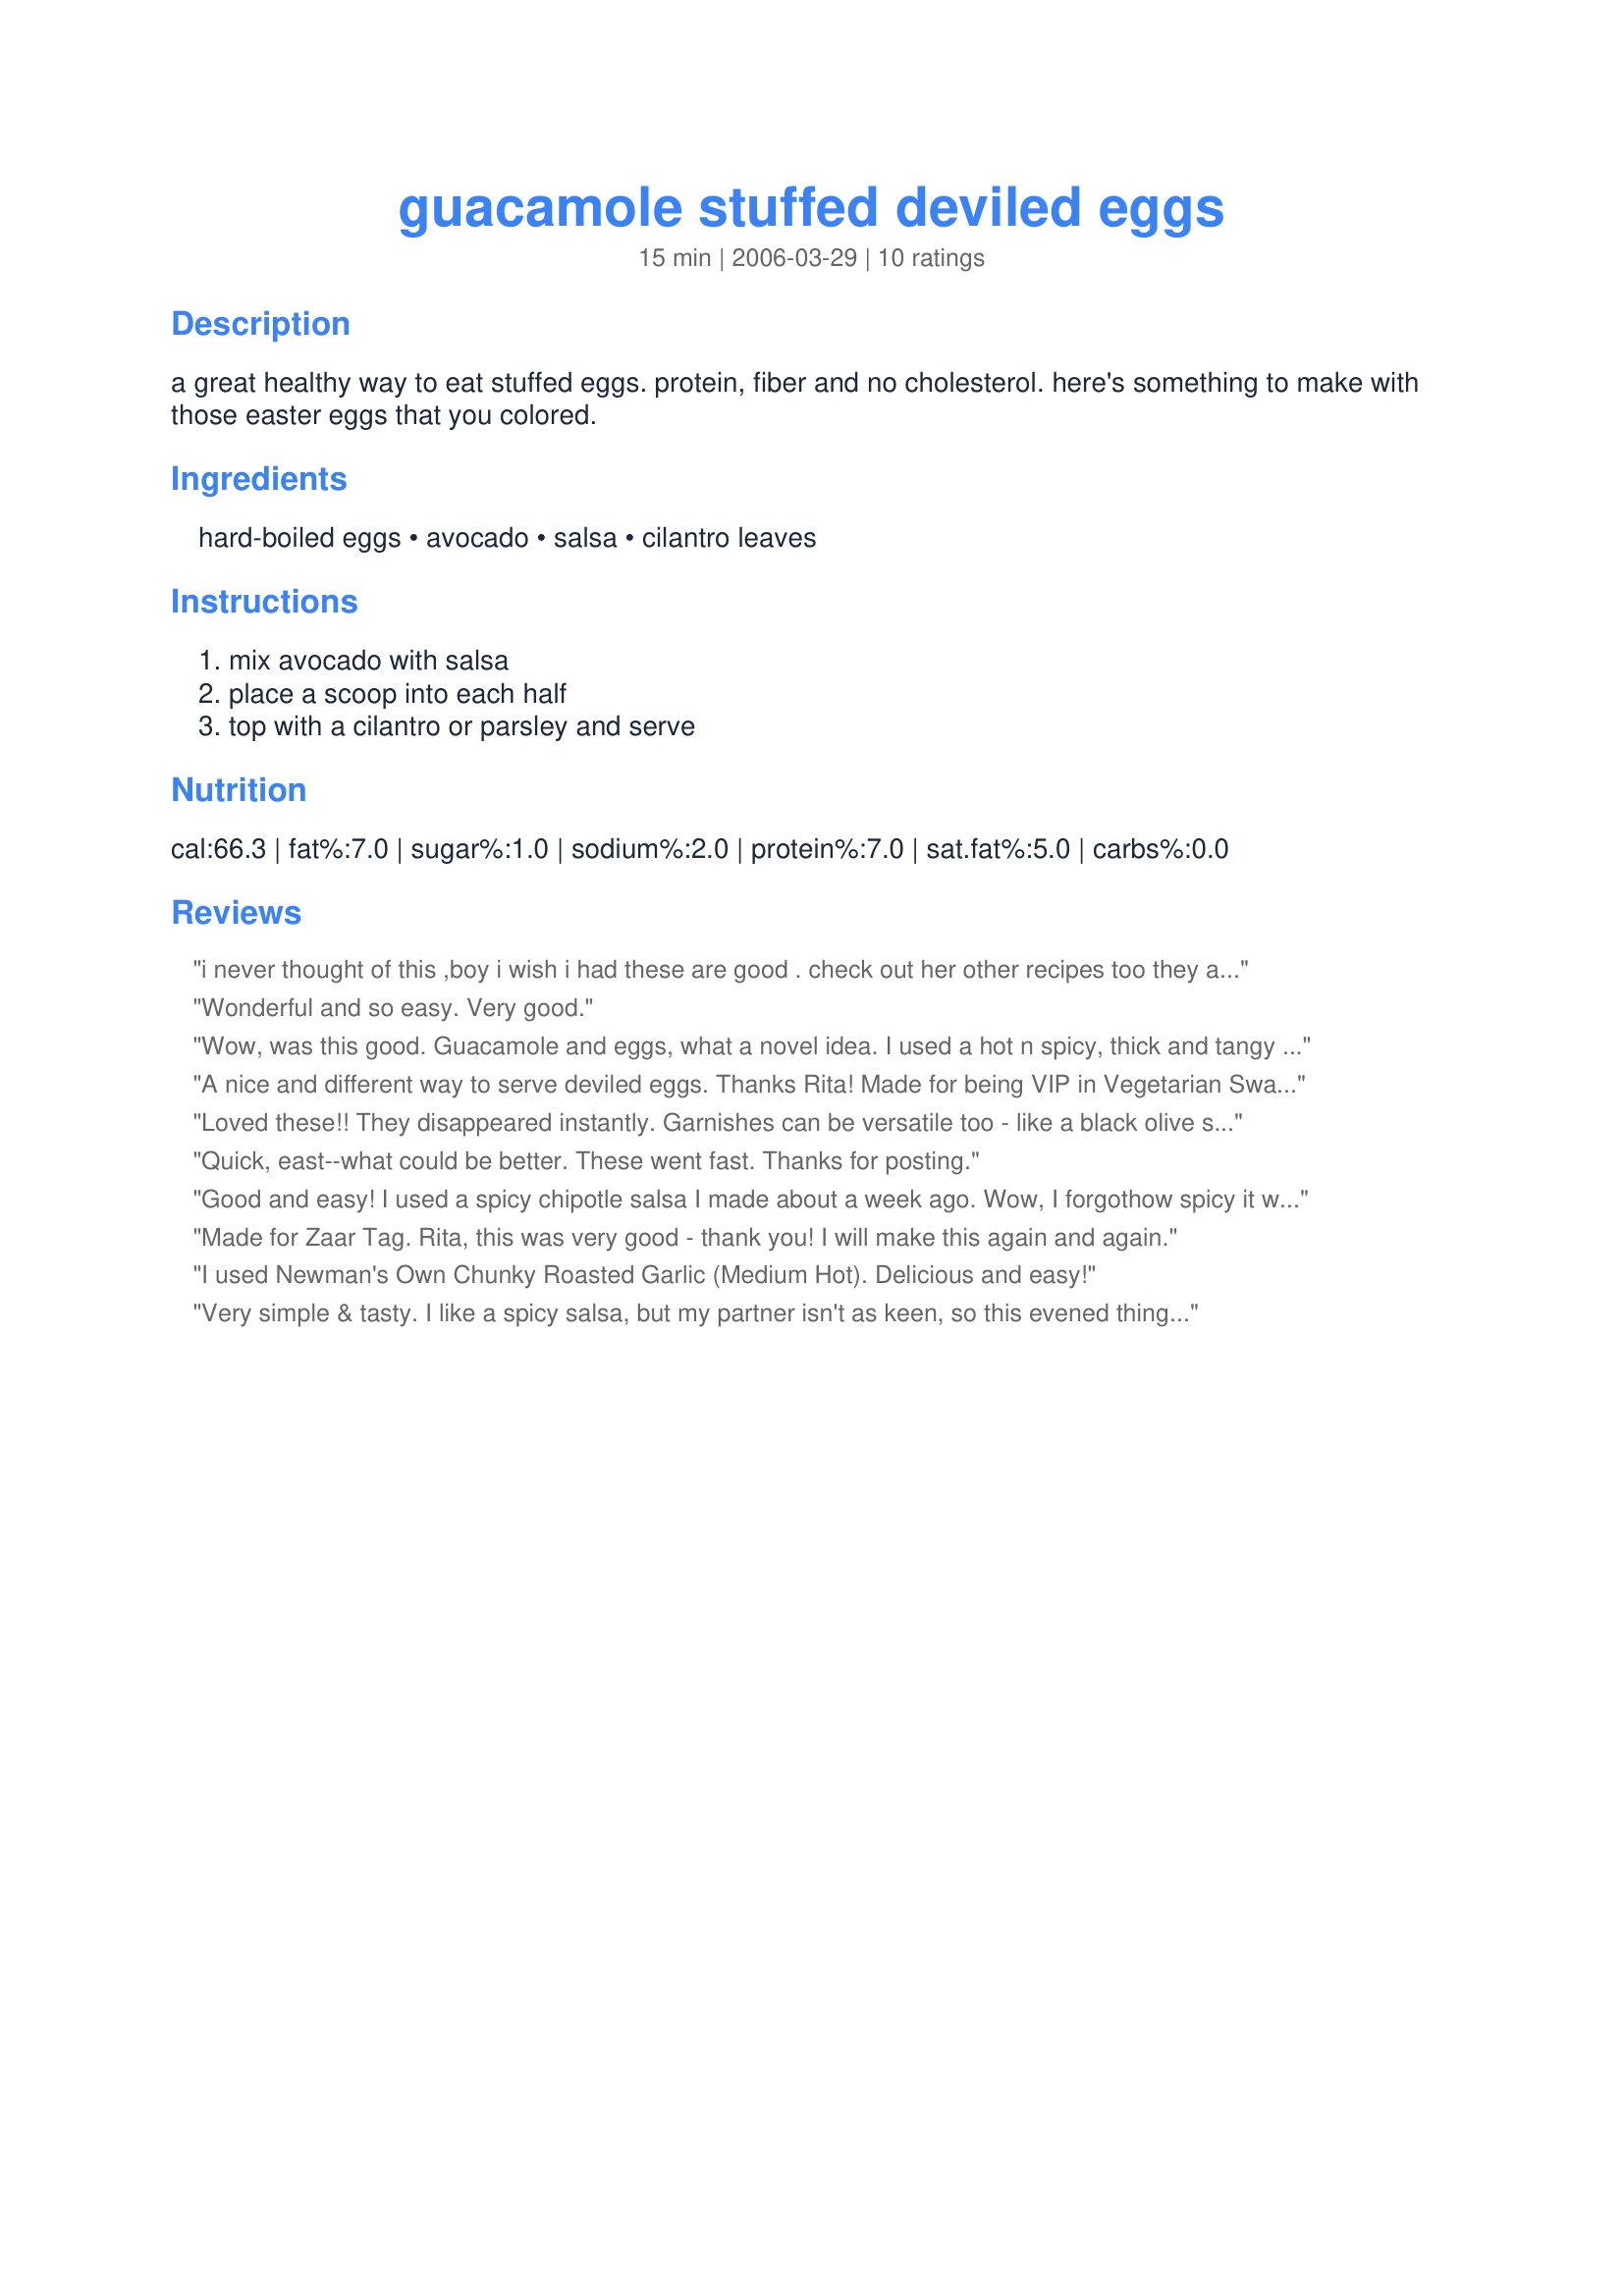
guacamole stuffed deviled eggs
Preparation time: 15 minutes

a great healthy way to eat stuffed eggs.
protein, fiber and no cholesterol. here's something to make with those easter eggs that you colored.

Ingredients:
hard-boiled eggs, avocado, salsa, cilantro leaves

Steps:
mix avocado with salsa, place a scoop into each half, top with a cilantro or parsley and serve

Reviews:
 i never thought of this ,boy i wish i had these are good . check out her other recipes too they are great.dee
Wonderful and so easy. Very good.
Wow, was this good. Guacamole and eggs, what a novel idea. I used a hot n spicy, thick and tangy homemade tomato salsa with fresh cilantro and halapeno peppers. What a lovely treat for lunch, thanks so much for sharing Rita.
A nice and different way to serve deviled eggs. Thanks Rita! Made for being VIP in Vegetarian Swap game.
Loved these!! They disappeared instantly. Garnishes can be versatile too - like a black olive slice or sliver of a tomato, a dusting of chili pepper or a pickled jalapeno ring....but the cilantro flavor is a must for us!! I like the flavor combinations so much that I had to make a second batch - but this time I chopped the eggs and stirred it all together to put into lettuce lined tortillas for lunch! Can you tell I like this one Rita ;) ?
Quick, east--what could be better. These went fast. Thanks for posting.
Good and easy! I used a spicy chipotle salsa I made about a week ago. Wow, I forgot<br/>how spicy it was! So easy that I don't know what else to say. Reviewed for Veg Tag/February.
Made for Zaar Tag. Rita, this was very good - thank you! I will make this again and again.
I used Newman's Own Chunky Roasted Garlic (Medium Hot). Delicious and easy!
Very simple & tasty. I like a spicy salsa, but my partner isn't as keen, so this evened things out a bit ;)
Thanks
